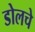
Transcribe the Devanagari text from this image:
डोलचे